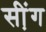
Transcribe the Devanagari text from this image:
सी़ंग